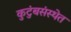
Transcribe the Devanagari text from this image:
कुटुंबसंस्थेत